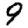
Digit: 9